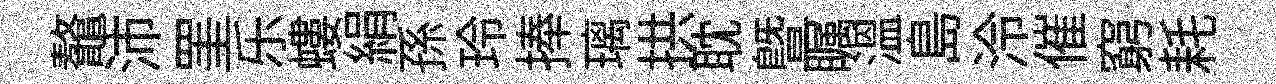
鼇沛罣乐螻絹孫玲捧璃拱耽暨瞩温島泠催窮耗